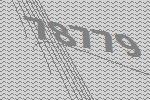
78779